Annual report of the Punjab Veterinary College and of the Civil Veterinary Department, Punjab - 1926-1932
Year: 1926
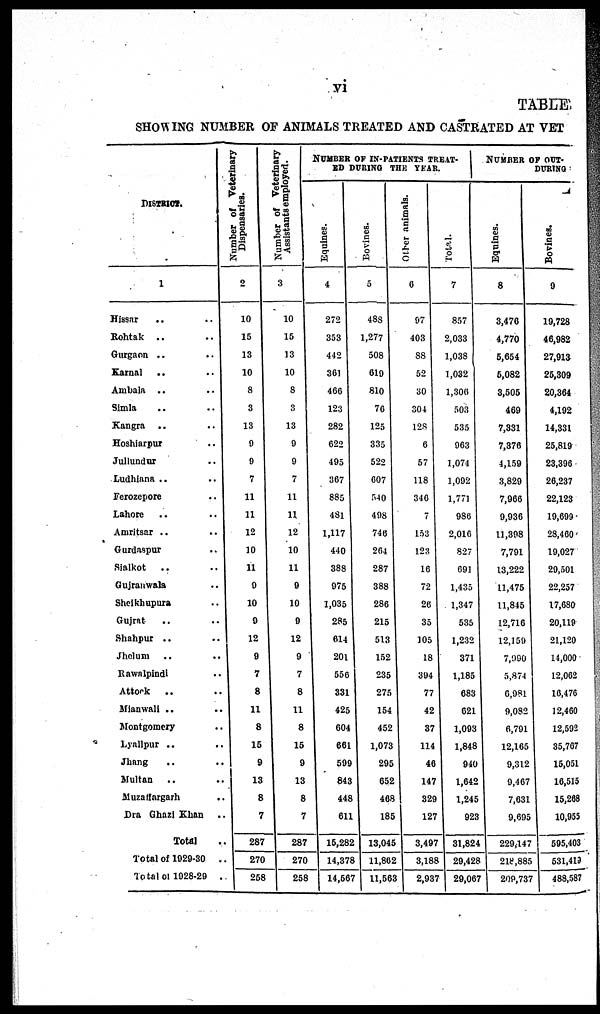
vi
TABLE
SHOWING NUMBER OF ANIMALS TREATED AND CASTRATED AT VET
DISTRICT.
1
Hissar .. .. ..
Rohtak .. .. ..
Gurgaon .. ..
Karnal .. ..
Ambala .. ..
Simla .. .. ..
Kangra .. .. ..
Hoshiarpur ..
Jullundur .. .. ..
Ludhiana .. ..
Ferozepore ..
Lahore .. .. ..
Amritsar .. ..
Gurdaspur .. ..
Sialkot
.. ..
Gujranwala ..
Shelkhupura ..
Gujrat .. ..
Shahpur .. ..
Jhelum .. ..
Rawnlpindi ..
Attock
.. ..
Mionwali .. ..
Montgomery .. .. ..
Lyallpur .. ..
Jhang .. ..
Multan .. ..
Muzaffargarh .. ..
Dra Ghazi Khan ..
Total ..
Total of 1029-30 ...
Total of 1028-29 ..
Number of Veterinary
Dispensaries.
2
10
15
13
10
8
3
13
9
9
7
11
11
12
10
11
9
10
9
12
9
7
8
11
8
16
9
13
8
7
287
270
268
Number of Veterinary
Assistants employed.
3
10
15
13
10
8
3
13
9
9
7
11
11
12
10
11
9
10
9
..
9
7
8
11
8
15
9
13
8
7
287
270
258
NUMBER OF IN-PATIENTS TREAT-
ED
DURING THE YEAR.
Equines.
4
272
353
442
361
466
123
282
622
495
367
885
481
1,117
440
388
975
1,035
285
614
201
556
331
425
604
661
599
843
448
611
16,282
14,378
14,667
Bovines.
5
488
1,277
508
619
810
76
125
335
522
607
540
498
746
264
287
388
286
215
513
152
235
275
164
452
1,073
295
652
468
185
13,045
11,802
11,563
Other animals.
6
97
403
88
52
30
304
128
6
57
118
340
7
153
123
16
72
26
35
105
18
394
77
42
37
114
46
147
329
127
3,497
3,188
2,937
Total.
7
857
2,033
1,038
1,032
1,306
503
535
963
1,071
1,092
1,771
986
2,016
827
691
1,435
1,347
535
1,232
371
1,185
683
621
1,093
1,848
940
1,642
1,245
923
31,824
29,428
29,067
NUMBER OF OUT-
DURING
Equines.
8
3,476
4,770
6,654
5,082
3,505
469
7,331
7,376
4,159
3,829
7,966
9,936
11,308
7,791
13,222
11,475
11,845
12,716
12,159
7,090
5,874
6,981
9,082
6,791
12,165
9,312
9,167
7,631
9,695
229,147
218,885
209,737
Bovines.
9
19,728
46,982
27,913
26,309
20,364
4,192
14,331
25,819
23,396
26,237
22,123
19,699
28,460
19,027
29,501
22,257
17,680
20,119
21,120
14,000
12,062
10,476
12,460
12,592
35,707
16,051
16,515
15,268
10,955
595,403
531,419
488,587